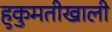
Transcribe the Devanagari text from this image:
हुकुमतीखाली